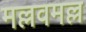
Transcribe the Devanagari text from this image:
मल्लवमल्ल